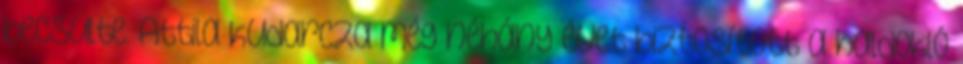
becsülte. Attila kudarcza még néhány évet biztosított a haldokló